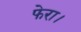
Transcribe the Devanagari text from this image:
फेरा।